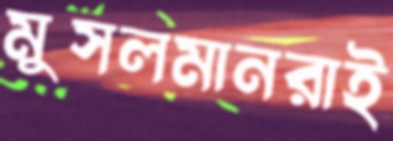
মুসলমানরাই